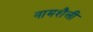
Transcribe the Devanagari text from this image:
नामशैली